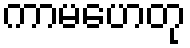
ကာမဟေတု